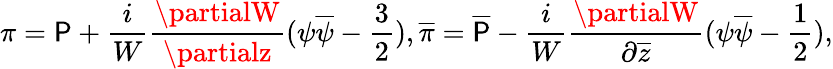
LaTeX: \pi={\cal\mathsf{P}}+\frac{{i}}{{W}}\frac{{\partialW}}{{\partialz}}(\psi\overline{{{{\psi}}}}-\frac{{3}}{{2}}),\overline{{{{\pi}}}}=\overline{{{{{\cal\mathsf{P}}}}}}-\frac{{i}}{{W}}\frac{{\partialW}}{{\partial\overline{{{{z}}}}}}(\psi\overline{{{{\psi}}}}-\frac{{1}}{{2}}),